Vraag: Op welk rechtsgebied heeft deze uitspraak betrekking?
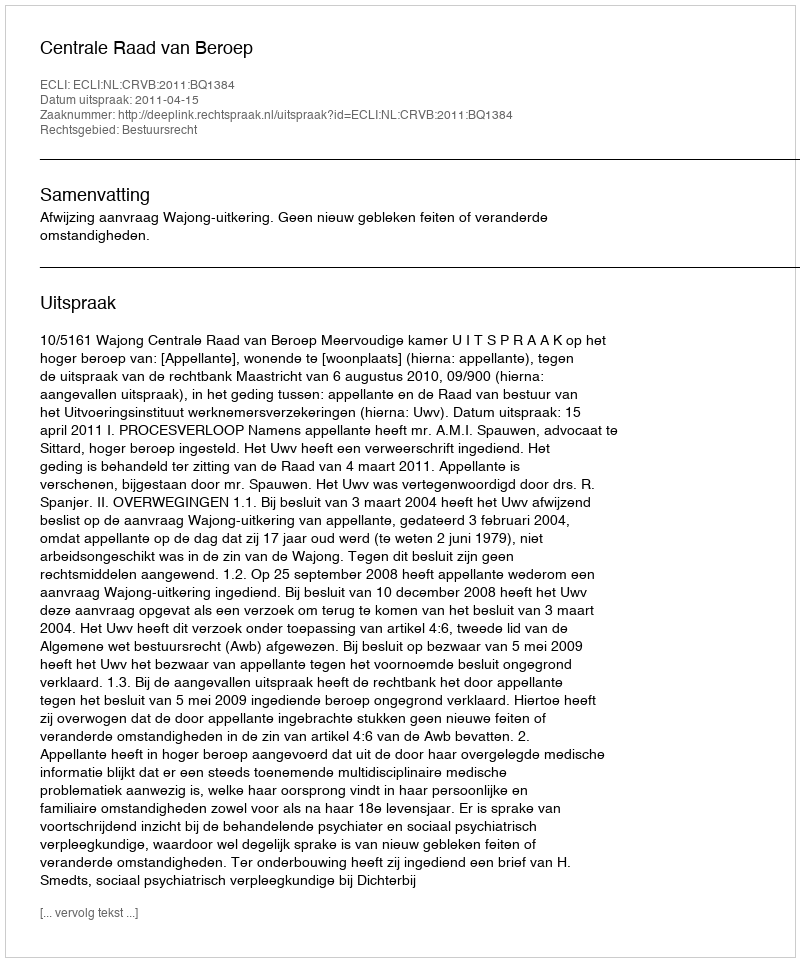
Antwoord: Bestuursrecht